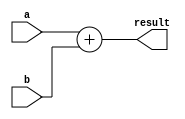
module add32(a, b, result);
    input [31:0] a, b;
    output [31:0] result;

    assign result = a + b;
endmodule